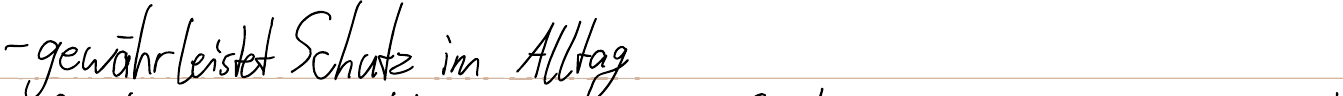
- gewährleistet Schutz im Alltag